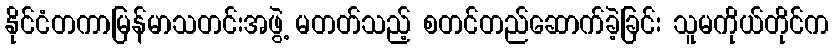
နိုင်ငံတကာမြန်မာသတင်းအဖွဲ့ မတတ်သည့် စတင်တည်ဆောက်ခဲ့ခြင်း သူမကိုယ်တိုင်က